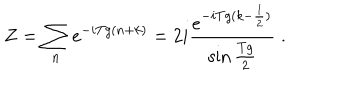
Z = \sum _ { n } e ^ { - i T g ( n + k ) } = 2 i \frac { e ^ { - i T g ( k - \frac { 1 } { 2 } ) } } { \sin \frac { T g } { 2 } } \; .